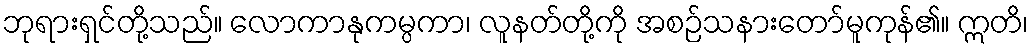
ဘုရားရှင်တို့သည်။ လောကာနုကမ္ပကာ၊ လူနတ်တို့ကို အစဉ်သနားတော်မူကုန်၏။ ဣတိ၊